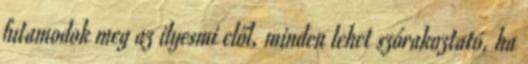
futamodok meg az ilyesmi elől, minden lehet szórakoztató, ha